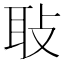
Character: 𦔼